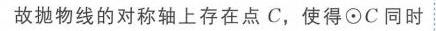
故抛物线的对称轴上存在点\(C\)，使得\(\odot C\)同时